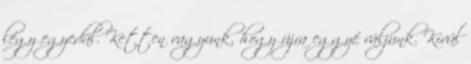
légy egyedül. Ketten vagyunk, hogy újra eggyé váljunk. Kívül